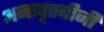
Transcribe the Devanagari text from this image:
अनावृत्तबीजी